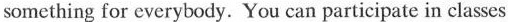
something for cverybody. You can participate in clases